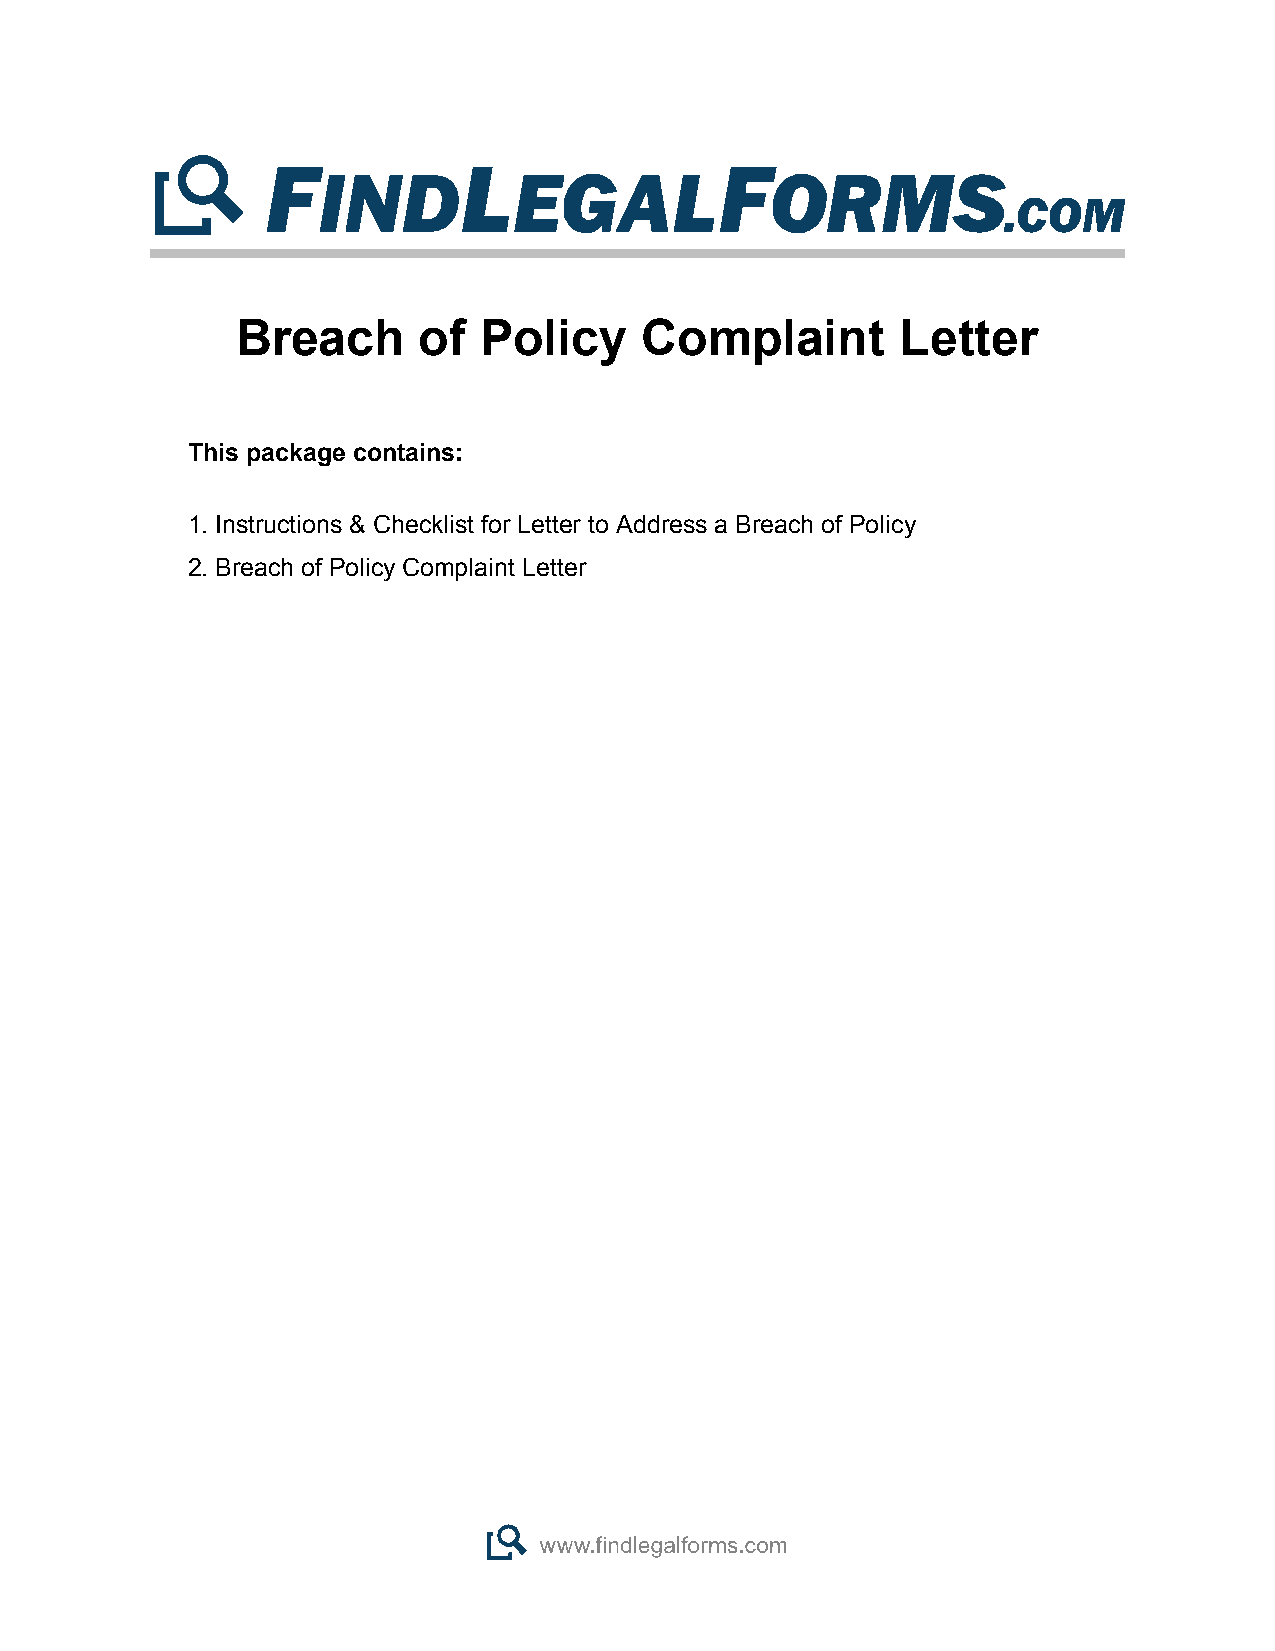
Breach      of  Policy    Complaint         Letter
 This package contains:
 1. Instructions & Checklist for Letter to Address a Breach of Policy
 2. Breach of Policy Complaint Letter